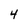
Character: 4